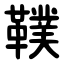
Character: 䪁